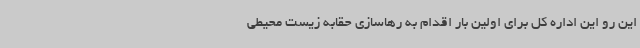
این رو این اداره کل برای اولین بار اقدام به رهاسازی حقابه زیست محیطی